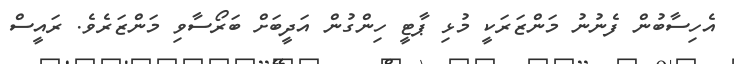
އެހިސާބުން ފެނުނު މަންޒަރަކީ މުޅި ޕާޓީ ހިންގުން އަދީބަށް ބަރޯސާވި މަންޒަރެވެ. ރައީސް